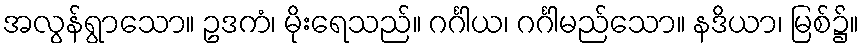
အလွန်ရွာသော။ ဥဒကံ၊ မိုးရေသည်။ ဂင်္ဂါယ၊ ဂင်္ဂါမည်သော။ နဒိယာ၊ မြစ်၌။